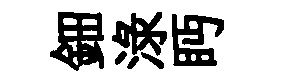
鈿渌眄